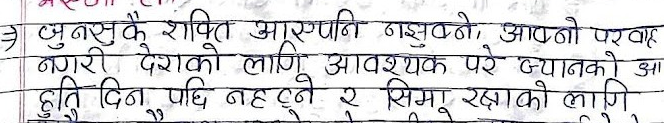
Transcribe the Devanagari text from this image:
क) जुनसुकै शक्ति आरुपनि नसुक्ने, आफ्नो परवाह
नगरी देशको लागि आवश्यक परे ज्यानको आ
हुति दिन पछि नहट्ने र सिमा रक्षाको लागि